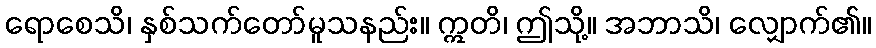
ရောစေသိ၊ နှစ်သက်တော်မူသနည်း။ ဣတိ၊ ဤသို့။ အဘာသိ၊ လျှောက်၏။